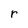
Character: r